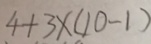
4 + 3 \times ( 1 0 - 1 )